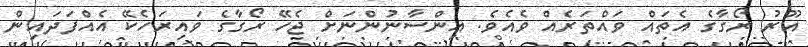
އޫރު ރޯގާގެ އެތައް ވައްތަރެއް ވެއެވެ. އިންސާނުންނަށް ޖެހޭ ރޯގާގެ ވައިރަހެކޭ އެއްފަދައިން